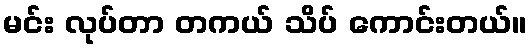
မင်း လုပ်တာ တကယ် သိပ် ကောင်းတယ်။